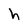
Character: h